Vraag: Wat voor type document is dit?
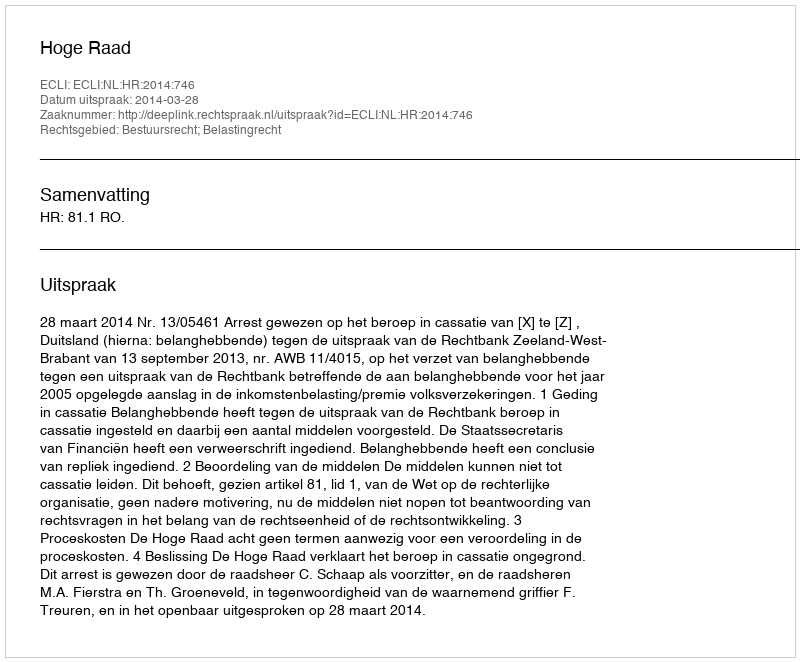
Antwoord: Uitspraak